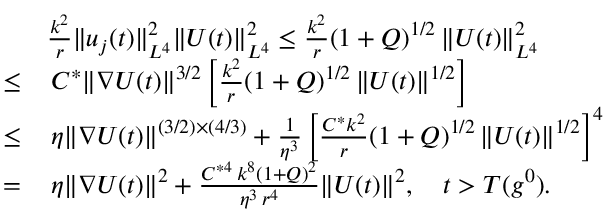
\begin{array} { r l } & { \frac { k ^ { 2 } } { r } \| u _ { j } ( t ) \| _ { L ^ { 4 } } ^ { 2 } \| U ( t ) \| _ { L ^ { 4 } } ^ { 2 } \leq \frac { k ^ { 2 } } { r } ( 1 + Q ) ^ { 1 / 2 } \, \| U ( t ) \| _ { L ^ { 4 } } ^ { 2 } } \\ { \leq } & { \, C ^ { * } \| \nabla U ( t ) \| ^ { 3 / 2 } \left[ \frac { k ^ { 2 } } { r } ( 1 + Q ) ^ { 1 / 2 } \, \| U ( t ) \| ^ { 1 / 2 } \right] } \\ { \leq } & { \, \eta \| \nabla U ( t ) \| ^ { ( 3 / 2 ) \times ( 4 / 3 ) } + \frac { 1 } { \eta ^ { 3 } } \left[ \frac { C ^ { * } k ^ { 2 } } { r } ( 1 + Q ) ^ { 1 / 2 } \, \| U ( t ) \| ^ { 1 / 2 } \right] ^ { 4 } } \\ { = } & { \, \eta \| \nabla U ( t ) \| ^ { 2 } + \frac { C ^ { * 4 } \, k ^ { 8 } ( 1 + Q ) ^ { 2 } } { \eta ^ { 3 } \, r ^ { 4 } } \| U ( t ) \| ^ { 2 } , \quad t > T ( g ^ { 0 } ) . } \end{array}